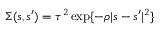
\Sigma ( s , s ^ { \prime } ) = \tau ^ { 2 } \exp \{ - \rho | s - s ^ { \prime } | ^ { 2 } \}